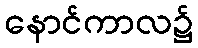
နောင်ကာလ၌